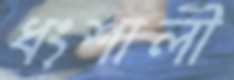
ধংশালী